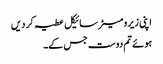
اپنی زیرو میٹر سائیکل عطیہ کر دیں
ہوئے تم دوست جس کے۔